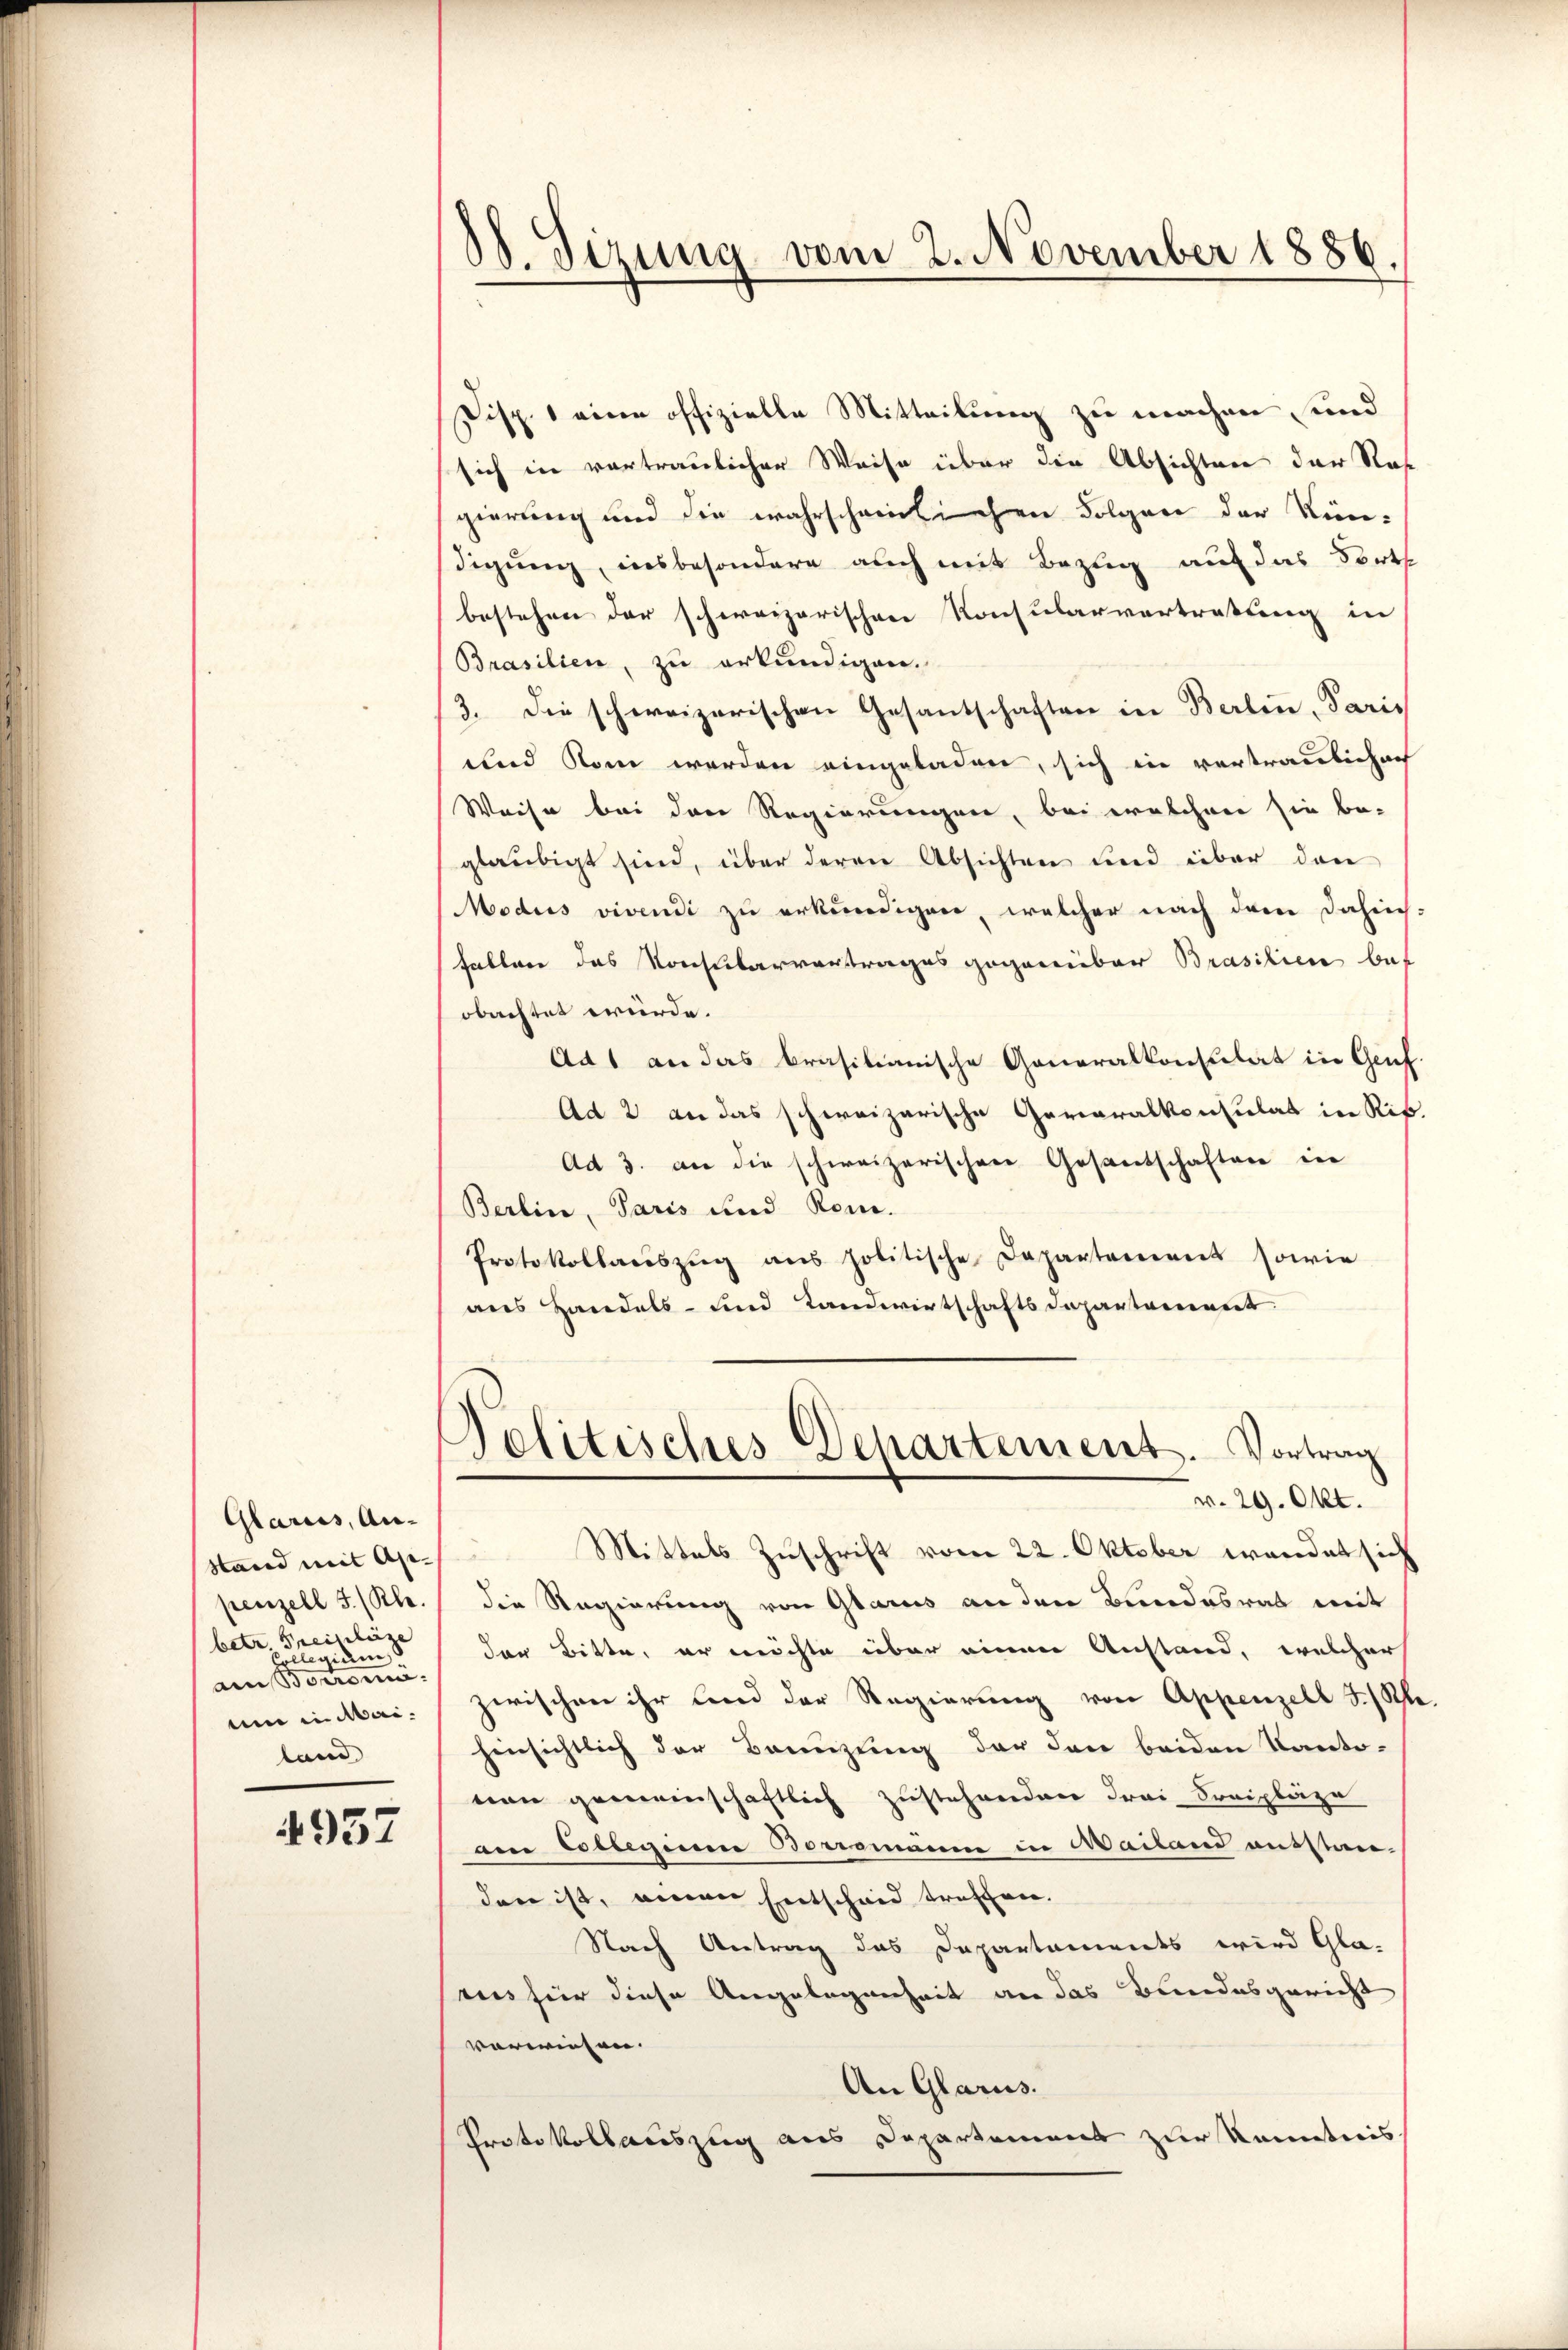
Glarus, An-
Stand mit Ap-
penzell I. (Kle.
betr. Preiselig
Collegium
an Bonzona.
um in Mai
land

4957

88. Sizung vom 2. November 1886.

Disp. 1 eine offizielle Mitteilung zu machen und
sich in vortraulicher Weise über die Absichten der Ras
gierung und die wahrscheinlichen Folgen der Kin-
digung, insbesondere auch mit Bezug auf das Forts
bestehen der schweizerischen Konsularvertratung in
Brasilien, zu erkundigen.
3. Die schweizerischen Gesantschaften in Berlin, Paris
und Rom werden eingeladen, sich in vertraulichach
Weise bei den Regierungen, bei welchen sie beglaubigt sind, über deren Absichten und über den
Modus vivendi zu erkundigen, welcher nach dem Dahin-
habten das Konsularvertrages gegenüber Brasilien bef
obachtet würde.
Ad 1 an das brasilianische Generalkonsulat in Genf.
Ad 2 an das schweizerische Geraralkonsulat in Rif
Ad 3. an die schweizerischen Gesantschaften in
Berlin, Paris und Rom.
Protokollaŭszŭg ans politische Departement sowie
aus Handels- und Landwirtschaftsdepartement.

Pelitisches Departement. Vortrag
v. 29. Okt.
 Mittels Zuschrift vom 22. Oktober wendet sich

die Regierung von Glarus an den Bundesrat weit
der Bitte, er möchte über einen Anstand, welcher
zerischen ihr sind der Regierung von Appenzell I/Rhehinsichtlich der Brenzung der den beiden Kanto-
nen gemeinschaftlich zustehenden drei Kreipläze
am Collegium Boromann in Mailand ausstan-
den ist, einen Entscheid treffen.
Nach Antrag das Departaments wird Gla-
rus für diese Angelegenheit an das Bundesgericht
vorwiesen. |
An Glarus.
Protokollauszug aus Departement zur Kenntnis